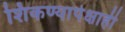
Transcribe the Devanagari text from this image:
शिकण्यापेक्षाही